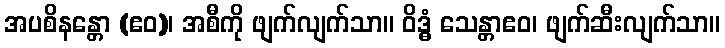
အပစိနန္တော (ဧဝ)၊ အစီကို ဖျက်လျက်သာ။ ဝိဒ္ဓံ သေန္တာဧဝ၊ ဖျက်ဆီးလျက်သာ။